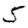
Digit: 5